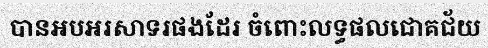
បានអបអរសាទរផងដែរ ចំពោះលទ្ធផលជោគជ័យ